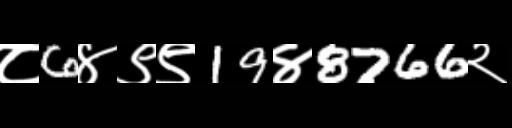
Text: ८6४९९19४8766२